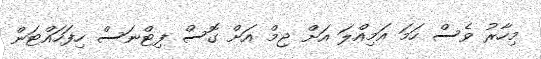
މިހާރު ވެސް ހަމަ އަމިއްލަ އަށް ޖިމް އަށް ގޮސް ފިޓްނަސް ހިފަހައްޓަން